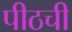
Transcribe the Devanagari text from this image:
पीठची